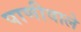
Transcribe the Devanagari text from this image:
पाणीवाले